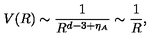
V ( R ) \sim \frac { 1 } { R ^ { d - 3 + \eta _ { A } } } \sim \frac { 1 } { R } ,